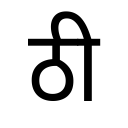
OCR:
ठी